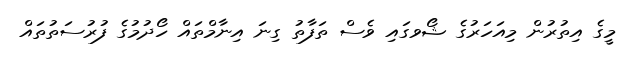
މީގެ އިތުރުން މިއަހަރުގެ ޝޯވގައި ވެސް ތަފާތު ގިނަ އިނާމްތައް ހޯދުމުގެ ފުރުސަތުތައް